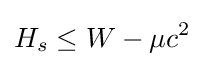
H_{s}\leq W-\mu c^{2}